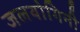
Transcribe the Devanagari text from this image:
जलयोगिनी